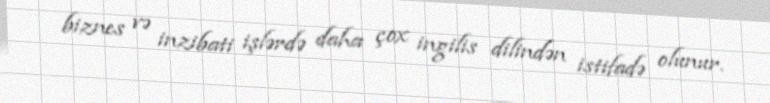
biznes və inzibati işlərdə daha çox ingilis dilindən istifadə olunur.